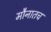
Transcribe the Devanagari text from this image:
मौनातच